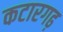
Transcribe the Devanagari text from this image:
कटारगढ़